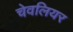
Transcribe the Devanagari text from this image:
चेवलियर